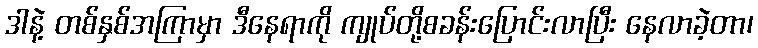
ဒါနဲ့ တစ်နှစ်အကြာမှာ ဒီနေရာကို ကျုပ်တို့စခန်းပြောင်းလာပြီး နေလာခဲ့တာ၊